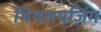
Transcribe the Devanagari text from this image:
थियरायजिंग